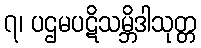
၇၊ ပဌမပဋိသမ္ဘိဒါသုတ္တ